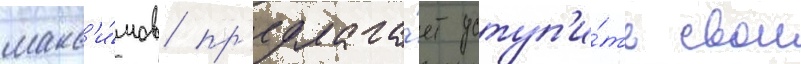
макс'и́мов пр'едлага́ет уступ'и́ть свои